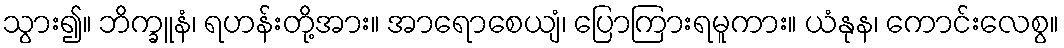
သွား၍။ ဘိက္ခူနံ၊ ရဟန်းတို့အား။ အာရောစေယျံ၊ ပြောကြားရမူကား။ ယံနုန၊ ကောင်းလေစွ။